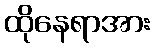
ထိုနေရာအား